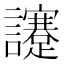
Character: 𧮈